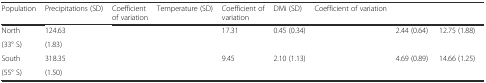
<table><thead><tr><td><b>Population</b></td><td><b>Precipitations (SD)</b></td><td><b>Coefficient of variation</b></td><td><b>Temperature (SD)</b></td><td><b>Coefficient of variation</b></td><td><b>DMi (SD)</b></td><td><b>Coefficient of variation</b></td><td>[EMPTY_CELL]</td><td>[EMPTY_CELL]</td></tr></thead><tbody><tr><td>North</td><td>124.63</td><td>[EMPTY_CELL]</td><td>[EMPTY_CELL]</td><td rowspan="2">17.31</td><td rowspan="2">0.45 (0.34)</td><td rowspan="2">[EMPTY_CELL]</td><td rowspan="2">2.44 (0.64)</td><td rowspan="2">12.75 (1.88)</td></tr><tr><td>(33° S)</td><td>(1.83)</td><td>[EMPTY_CELL]</td><td>[EMPTY_CELL]</td></tr><tr><td>South</td><td>318.35</td><td>[EMPTY_CELL]</td><td>[EMPTY_CELL]</td><td rowspan="2">9.45</td><td rowspan="2">2.10 (1.13)</td><td rowspan="2">[EMPTY_CELL]</td><td rowspan="2">4.69 (0.89)</td><td rowspan="2">14.66 (1.25)</td></tr><tr><td>(55° S)</td><td>(1.50)</td><td>[EMPTY_CELL]</td><td>[EMPTY_CELL]</td></tr></tbody></table>